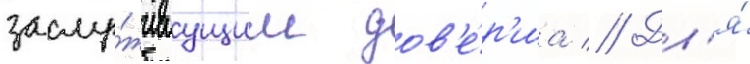
заслу́живаущим дов'е́р'иа // Дл'я́